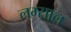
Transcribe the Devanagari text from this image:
लम्साल